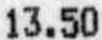
13.50